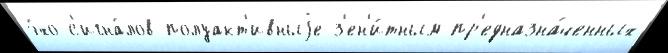
э́хо-с'игна́лов полуакт'ивныjе з'ен'и́тным пр'едназна́ченных